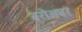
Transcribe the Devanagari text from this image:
बरोअबर